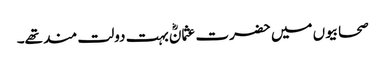
صحابیوں میں حضرت عثمانؓ بہت دولت مند تھے۔